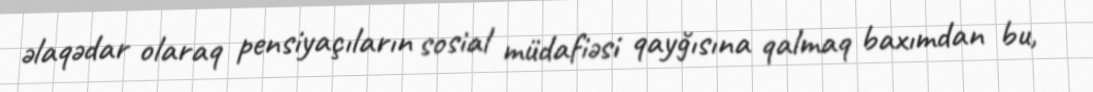
əlaqədar olaraq pensiyaçıların sosial müdafiəsi qayğısına qalmaq baxımdan bu,